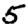
Digit: 5